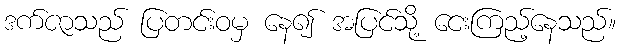
ဒက်ဇာသည် ပြတင်းဝမှ နေ၍ အပြင်သို့ ငေးကြည့်နေသည်။